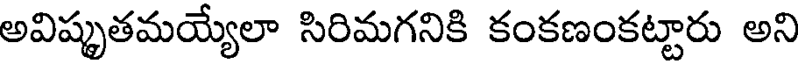
అవిష్కృతమయ్యేలా సిరిమగనికి కంకణంకట్టారు అని